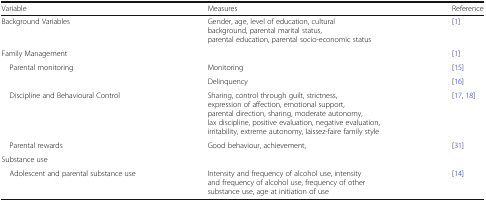
| Variable | Measures | Reference |
 | --- | --- | --- |
 | Background Variables | Gender, age, level of education, cultural background, parental marital status, parental education, parental socio-economic status | [1] |
 | Family Management |  | [1] |
 | Parental monitoring | Monitoring | [15] |
 |  | Delinquency | [16] |
 | Discipline and Behavioural Control | Sharing, control through guilt, strictness, expression of affection, emotional support, parental direction, sharing, moderate autonomy, lax discipline, positive evaluation, negative evaluation, irritability, extreme autonomy, laissez-faire family style | [17, 18] |
 | Parental rewards | Good behaviour, achievement, | [31] |
 | Substance use |  |  |
 | Adolescent and parental substance use | Intensity and frequency of alcohol use, intensity and frequency of alcohol use, frequency of other substance use, age at initiation of use | [14] |